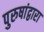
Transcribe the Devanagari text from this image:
पुरुषांद्वारा